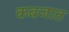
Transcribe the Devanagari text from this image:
कबजात